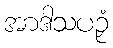
အာဒါသပဉှံ